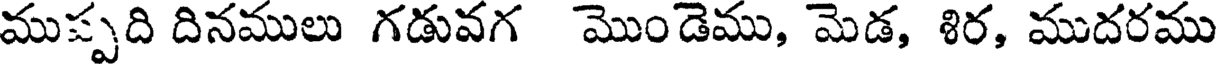
ముప్పది దినములు గడువగ మొండెము, మెడ, శిర, ముదరము